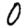
Digit: 0